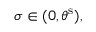
\sigma \in ( 0 , \theta ^ { \mathrm { s } } ) ,